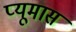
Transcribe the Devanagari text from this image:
प्यूमास